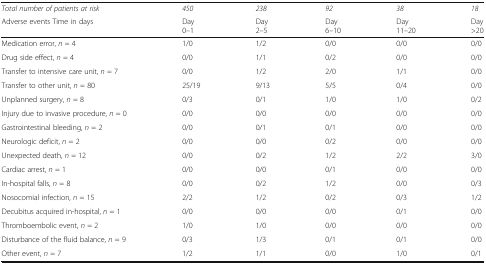
<table><thead><tr><td><b><i>Total number of patients at risk</i></b></td><td><b><i>450</i></b></td><td><b><i>238</i></b></td><td><b><i>92</i></b></td><td><b><i>38</i></b></td><td><b><i>18</i></b></td></tr><tr><td><b>Adverse events Time in days</b></td><td><b>Day0–1</b></td><td><b>Day2–5</b></td><td><b>Day6–10</b></td><td><b>Day11–20</b></td><td><b>Day&gt;20</b></td></tr></thead><tbody><tr><td>Medication error, <i>n</i> = 4</td><td>1/0</td><td>1/2</td><td>0/0</td><td>0/0</td><td>0/0</td></tr><tr><td>Drug side effect, <i>n</i> = 4</td><td>0/0</td><td>1/1</td><td>0/2</td><td>0/0</td><td>0/0</td></tr><tr><td>Transfer to intensive care unit, <i>n</i> = 7</td><td>0/0</td><td>1/2</td><td>2/0</td><td>1/1</td><td>0/0</td></tr><tr><td>Transfer to other unit, <i>n</i> = 80</td><td>25/19</td><td>9/13</td><td>5/5</td><td>0/4</td><td>0/0</td></tr><tr><td>Unplanned surgery, <i>n</i> = 8</td><td>0/3</td><td>0/1</td><td>1/0</td><td>1/0</td><td>0/2</td></tr><tr><td>Injury due to invasive procedure, <i>n</i> = 0</td><td>0/0</td><td>0/0</td><td>0/0</td><td>0/0</td><td>0/0</td></tr><tr><td>Gastrointestinal bleeding, <i>n</i> = 2</td><td>0/0</td><td>0/1</td><td>0/1</td><td>0/0</td><td>0/0</td></tr><tr><td>Neurologic deficit, <i>n</i> = 2</td><td>0/0</td><td>0/0</td><td>0/2</td><td>0/0</td><td>0/0</td></tr><tr><td>Unexpected death, <i>n</i> = 12</td><td>0/0</td><td>0/2</td><td>1/2</td><td>2/2</td><td>3/0</td></tr><tr><td>Cardiac arrest, <i>n</i> = 1</td><td>0/0</td><td>0/0</td><td>0/1</td><td>0/0</td><td>0/0</td></tr><tr><td>In-hospital falls, <i>n</i> = 8</td><td>0/0</td><td>0/2</td><td>1/2</td><td>0/0</td><td>0/3</td></tr><tr><td>Nosocomial infection, <i>n</i> = 15</td><td>2/2</td><td>1/2</td><td>0/2</td><td>0/3</td><td>1/2</td></tr><tr><td>Decubitus acquired in-hospital, <i>n</i> = 1</td><td>0/0</td><td>0/0</td><td>0/0</td><td>0/1</td><td>0/0</td></tr><tr><td>Thromboembolic event, <i>n</i> = 2</td><td>1/0</td><td>1/0</td><td>0/0</td><td>0/0</td><td>0/0</td></tr><tr><td>Disturbance of the fluid balance, <i>n</i> = 9</td><td>0/3</td><td>1/3</td><td>0/1</td><td>0/1</td><td>0/0</td></tr><tr><td>Other event, <i>n</i> = 7</td><td>1/2</td><td>1/1</td><td>0/0</td><td>1/0</td><td>0/1</td></tr></tbody></table>